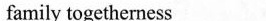
family togetherness